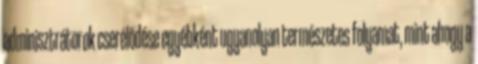
adminisztrátorok cserélődése egyébként ugyanolyan természetes folyamat, mint ahogy a